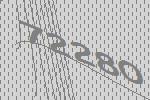
72280